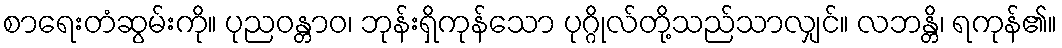
စာရေးတံဆွမ်းကို။ ပုညဝန္တာဝ၊ ဘုန်းရှိကုန်သော ပုဂ္ဂိုလ်တို့သည်သာလျှင်။ လဘန္တိ၊ ရကုန်၏။